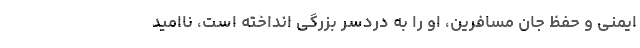
ایمنی و حفظ جان مسافرین، او را به دردسر بزرگی انداخته است، ناامید